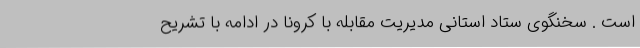
است . سخنگوی ستاد استانی مدیریت مقابله با کرونا در ادامه با تشریح